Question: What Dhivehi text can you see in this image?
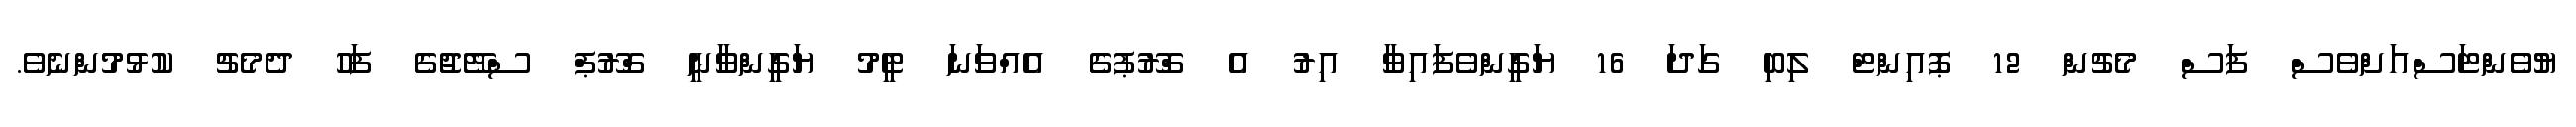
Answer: ޔުވެންޓަސްއަށްވެސް ފަސް މެޗުން 12 ޕޮއިންޓް ލިބި ގަދަ 16 ޔަގީންވެފައިވާ އިރު އެ ގްރޫޕުގެ އެއްވަނަ ޓީމު ޔަގީންވާނީ ގްރޫޕް ސްޓޭޖުގެ ފަހު ދެމެޗު ކުޅުމުންނެވެ.